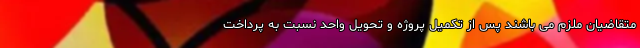
متقاضیان ملزم می باشند پس از تکمیل پروژه و تحویل واحد نسبت به پرداخت